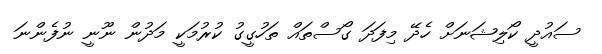
ސައުދީ ކޯލިޝަނަށް ހެދޭ މިފަދަ ގޯސްތައް ތަހުގީގު ކުރުމަކީ މަދުން ނޫނީ ނުފެންނަ